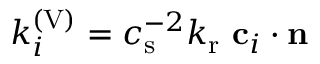
k _ { i } ^ { ( \mathrm { V } ) } = c _ { \mathrm { s } } ^ { - 2 } k _ { \mathrm { r } } \ \mathbf { c } _ { i } \cdot \mathbf { n }